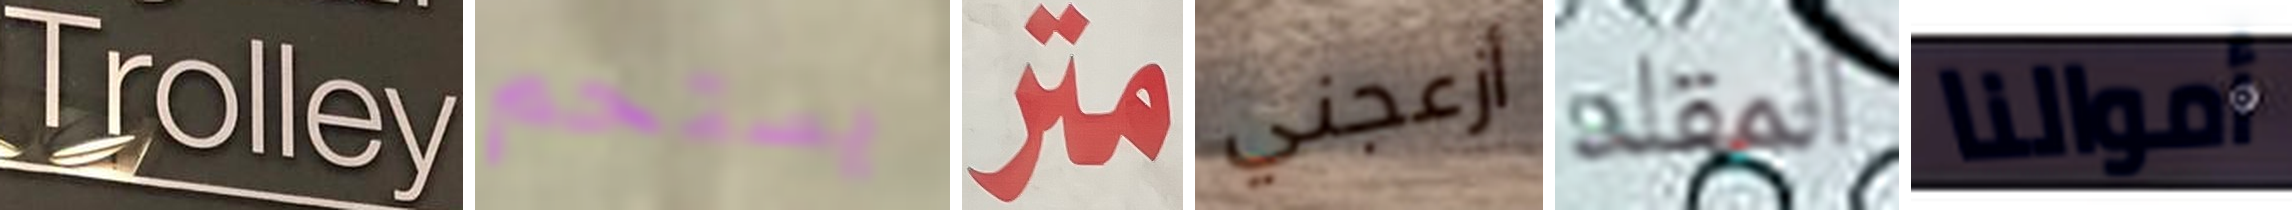
Trolley يستحم متر أزعجني المقلد أموالنا